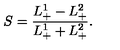
S = { \frac { L _ { + } ^ { 1 } - L _ { + } ^ { 2 } } { L _ { + } ^ { 1 } + L _ { + } ^ { 2 } } } .